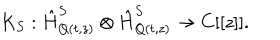
LaTeX: K _ { S } : \hat { H } _ { Q ( t , z ) } ^ { S } \otimes \hat { H } _ { Q ( t , z ) } ^ { S } \rightarrow C [ [ z ] ] .